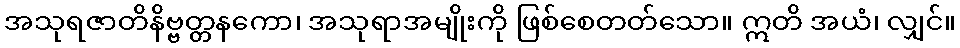
အသုရဇာတိနိဗ္ဗတ္တနကော၊ အသုရာအမျိုးကို ဖြစ်စေတတ်သော။ ဣတိ အယံ၊ လျှင်။